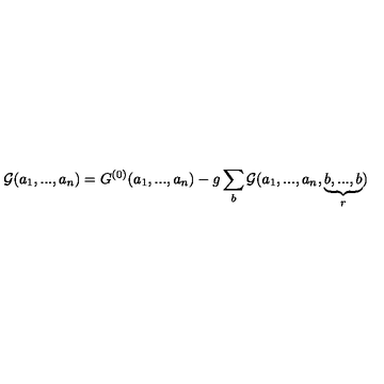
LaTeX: { { \cal G } } ( a _ { 1 } , . . . , a _ { n } ) = { G } ^ { ( 0 ) } ( a _ { 1 } , . . . , a _ { n } ) - g \sum _ { b } { { \cal G } } ( a _ { 1 } , . . . , a _ { n } , \underbrace { b , . . . , b } _ { r } )